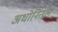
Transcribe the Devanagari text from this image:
अधोनितल